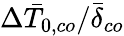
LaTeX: \Delta\bar{T}_{0,co}/\bar{\delta}_{co}